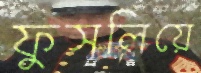
ফুসলিয়ে